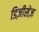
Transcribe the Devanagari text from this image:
डिज़ीसेज़